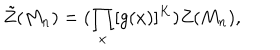
\tilde { Z } ( M _ { n } ) = ( \prod _ { x } [ g ( x ) ] ^ { K } ) Z ( M _ { n } ) ,